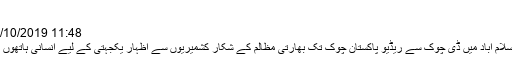
- روزنامہ اوصاف
11:48 am 27/10/2019 اکرام سہگل
جمعہ 11اکتوبر کو اسلام آباد میں ڈی چوک سے ریڈیو پاکستان چوک تک بھارتی مظالم کے شکار کشمیریوں سے اظہار یکجہتی کے لیے انسانی ہاتھوں کی زنجیر بنائی گئی۔